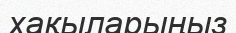
хақыларыңыз